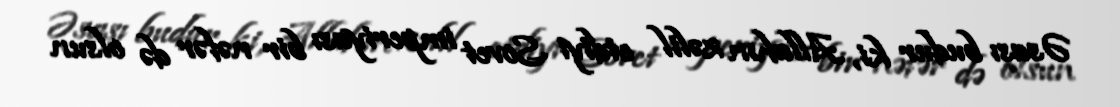
Əsası budur ki, Allahın zəlil etdiyi Sovet imperiyası bir nəfər də olsun